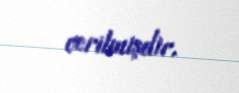
verilmişdir.